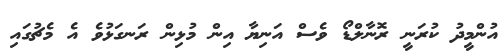
އުންމީދު ކުރަނީ ރޮނާލްޑޯ ވެސް އަނިޔާ އިން މުޅިން ރަނގަޅުވެ އެ މެޗުގައި